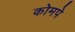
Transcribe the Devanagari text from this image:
कोमपे